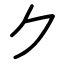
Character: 𠂊